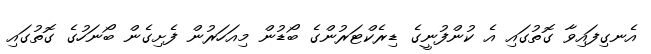
އެނގިފައިވާ ގޮތުގައި އެ ކުންފުނީގެ ޑިރެކްޓަރުންގެ ބޯޑުން މިއަހަރުން ފެށިގެން ބޯނަހުގެ ގޮތުގައި